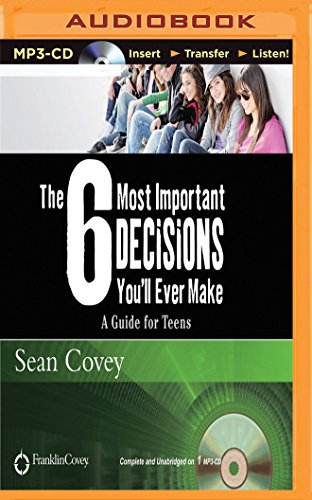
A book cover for The 6 Most Important Decisions You'll Ever Make: A Guide for Teens; Sean Covey; Teen & Young Adult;